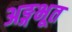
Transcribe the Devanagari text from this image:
अङ्गभूत